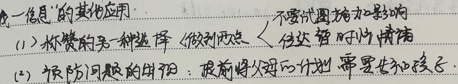
电 -信息"的其他应用：
(1) 称赞的另一种选择：做到两点 传达暂时的情绪
(2) 预防问题的出现：提前将久远的计划  需要告知后.